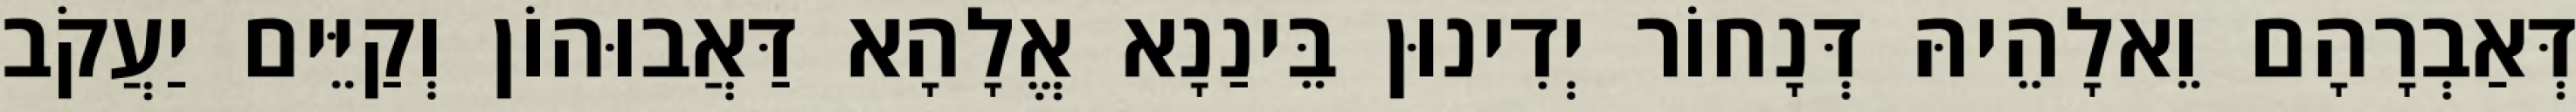
דְּאַבְרָהָם וֵאלָהֵיהּ דְּנָחוֹר יְדִינוּן בֵּינַנָא אֱלָהָא דַּאֲבוּהוֹן וְקַיֵּים יַעֲקֹב